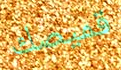
قميصك